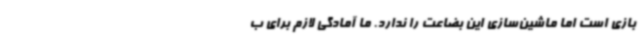
بازی است اما ماشین‌سازی این بضاعت را ندارد. ما آمادگی لازم برای ب